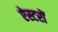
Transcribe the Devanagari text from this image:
ऐस्टरों